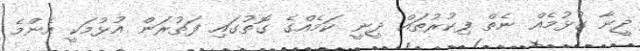
ދީނާ ގުޅުމެއް ނެތް ފިކުރުތައް ދީނީ ކަމެއްގެ ގޮތުގައި ފަތުރަން އުޅުމަކީ އެންމެ